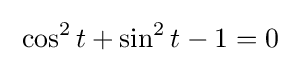
\;\cos ^{2}t+\sin ^{2}t-1=0\;